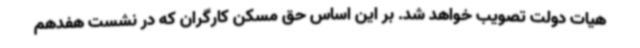
هیات دولت تصویب خواهد شد. بر این اساس حق مسکن کارگران که در نشست هفدهم